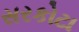
સરકોટા